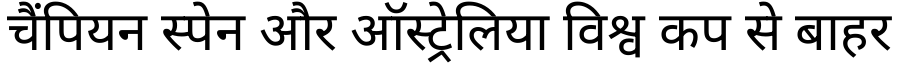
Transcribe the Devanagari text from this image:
चैंपियन स्पेन और ऑस्ट्रेलिया विश्व कप से बाहर